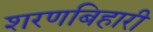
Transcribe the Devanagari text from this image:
शरणबिहारी